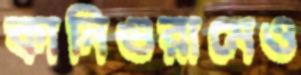
কানিগুরামেও